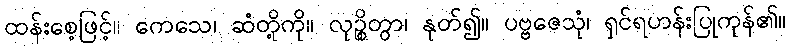
ထန်းစေ့ဖြင့်။ ကေသေ၊ ဆံတို့ကို။ လုဉ္စိတွာ၊ နုတ်၍။ ပဗ္ဗဇေသုံ၊ ရှင်ရဟန်းပြုကုန်၏။